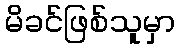
မိခင်ဖြစ်သူမှာ